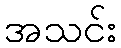
အသင်း